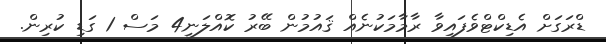
ޑްރަގަށް އެޑިކްޓްވެފައިވާ ރާމާމަކުނެއް ޤައުމުން ބޭރު ކޮއްލަނީ4 މަސް 1 ގަޑި ކުރިން.